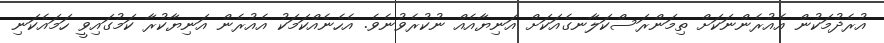
އުރެދުމަކުން އެއުރެންނަކަށް ތިމަންރަސްކަލާނގެއަކަށް އަނިޔާއެއް ނުކުރެވުނެވެ. އެހެނެއްކަމަކު އެއުރެން އަނިޔާކުރާ ކަމުގައިވީ ހަމައެކަނި